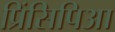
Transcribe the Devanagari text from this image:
प्रिंसिपिआ